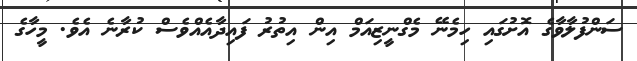
ސަންފުލާވާގެ އޮށުގައި ހިމެނޭ މެގްނީޒިއަމް އިން އިތުރު ފައިދާއެއްވެސް ކުރާނެ އެވެ. މީހާގެ